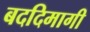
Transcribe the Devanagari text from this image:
बददिमागी